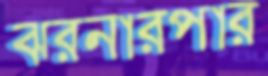
ঝরনারপার